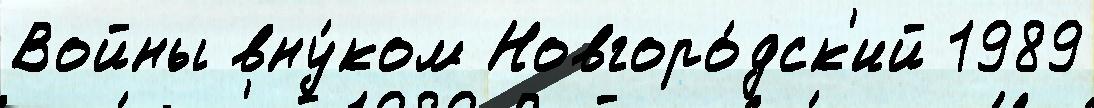
Войны вну́ком Новгоро́дск'ий 1989